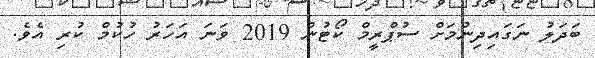
ބަދަލު ނަގައިދިނުމަށް ސުޕްރީމް ކޯޓުން 2019 ވަނަ އަހަރު ހުކުމް ކުރި އެވެ.